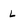
Character: L